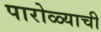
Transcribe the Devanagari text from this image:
पारोळ्याची